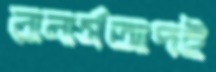
রানার্সআপই